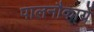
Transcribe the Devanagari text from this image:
पालनौकायें